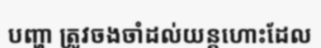
បញ្ហា ត្រូវចងចាំដល់យន្តហោះដែល